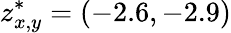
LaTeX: z_{x,y}^{*}=(-2.6,-2.9)